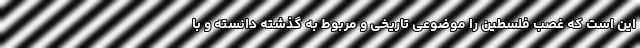
این است که غصب فلسطین را موضوعی تاریخی و مربوط به گذشته دانسته و با